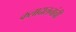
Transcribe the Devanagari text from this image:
कलादालनांची